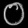
Digit: ၀